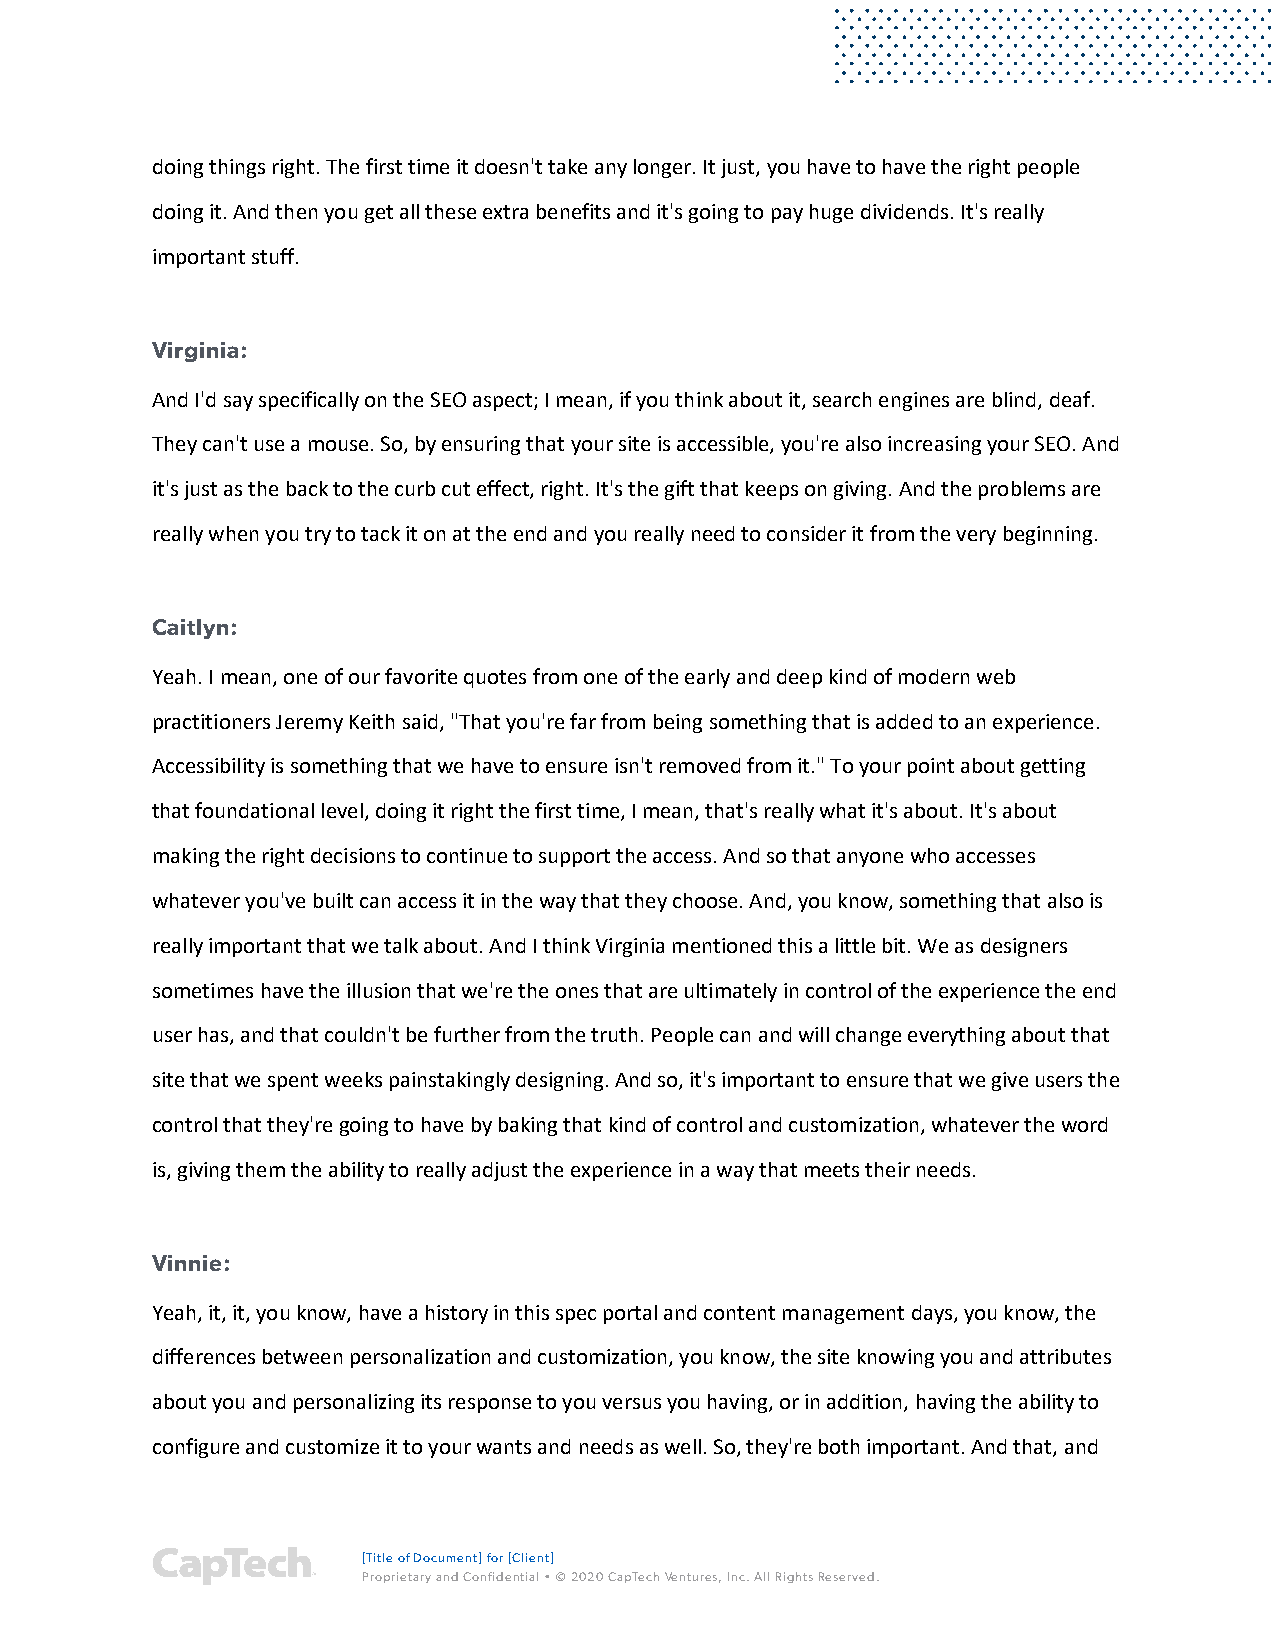
doing things right. The first time it doesn't take any longer. It just, you have to have the right people
 doing it. And then you get all these extra benefits and it's going to pay huge dividends. It's really
 important stuff.
 Virginia:
 And I'd say specifically on the SEO aspect; I mean, if you think about it, search engines are blind, deaf.
 They can't use a mouse. So, by ensuring that your site is accessible, you're also increasing your SEO. And
 it's just as the back to the curb cut effect, right. It's the gift that keeps on giving. And the problems are
 really when you try to tack it on at the end and you really need to consider it from the very beginning.
 Caitlyn:
 Yeah. I mean, one of our favorite quotes from one of the early and deep kind of modern web
 practitioners Jeremy Keith said, "That you're far from being something that is added to an experience.
 Accessibility is something that we have to ensure isn't removed from it." To your point about getting
 that foundational level, doing it right the first time, I mean, that's really what it's about. It's about
 making the right decisions to continue to support the access. And so that anyone who accesses
 whatever you've built can access it in the way that they choose. And, you know, something that also is
 really important that we talk about. And I think Virginia mentioned this a little bit. We as designers
 sometimes have the illusion that we're the ones that are ultimately in control of the experience the end
 user has, and that couldn't be further from the truth. People can and will change everything about that
 site that we spent weeks painstakingly designing. And so, it's important to ensure that we give users the
 control that they're going to have by baking that kind of control and customization, whatever the word
 is, giving them the ability to really adjust the experience in a way that meets their needs.
 Vinnie:
 Yeah, it, it, you know, have a history in this spec portal and content management days, you know, the
 differences between personalization and customization, you know, the site knowing you and attributes
 about you and personalizing its response to you versus you having, or in addition, having the ability to
 configure and customize it to your wants and needs as well. So, they're both important. And that, and
 [Title of Document] for [Client]
 Proprietary and Confidential • © 2020 CapTech Ventures, Inc. All Rights Reserved.